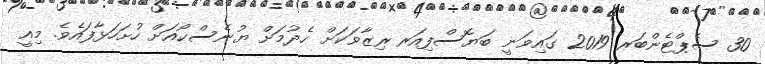
30 ސެޕްޓެންބަރ 2019 ގައިވަނީ ބަޔޮސްފިއަރ ރިޒާވަކަށް ހެދުމަށް ޔުނެސްކޯއަށް ހުށަހަޅާފައެވެ. މިއީ